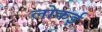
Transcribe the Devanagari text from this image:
लोकई